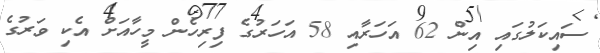
ސައިކަލުގައި އިން 62 އަހަރާއި 58 އަހަރުގެ ފިރިހެން މީހާއަށް އެކި ވަރުގެ